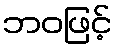
ဘဝဖြင့်